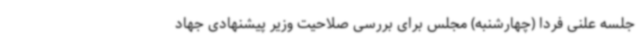
جلسه علنی فردا (چهارشنبه) مجلس برای بررسی صلاحیت وزیر پیشنهادی جهاد